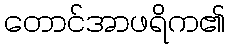
တောင်အာဖရိက၏